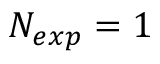
N _ { e x p } = 1